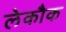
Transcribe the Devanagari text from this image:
लेकौक